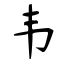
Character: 韦